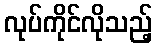
လုပ်ကိုင်လိုသည့်